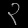
Digit: ၃